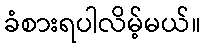
ခံစားရပါလိမ့်မယ်။